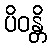
ပိဝန္တိ